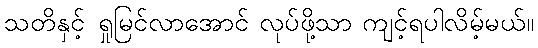
သတိနှင့် ရှုမြင်လာအောင် လုပ်ဖို့သာ ကျင့်ရပါလိမ့်မယ်။